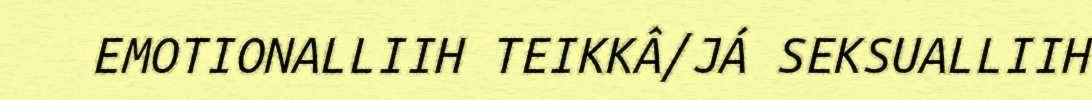
EMOTIONALLIIH TEIKKÂ/JÁ SEKSUALLIIH